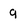
Character: 9